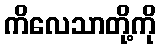
ကိလေသာတို့ကို